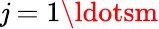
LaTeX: \mathit{j}=1\ldotsm